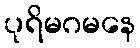
ပုရိမဂမနေ